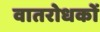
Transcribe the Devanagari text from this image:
वातरोधकों